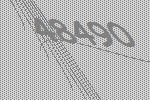
48490